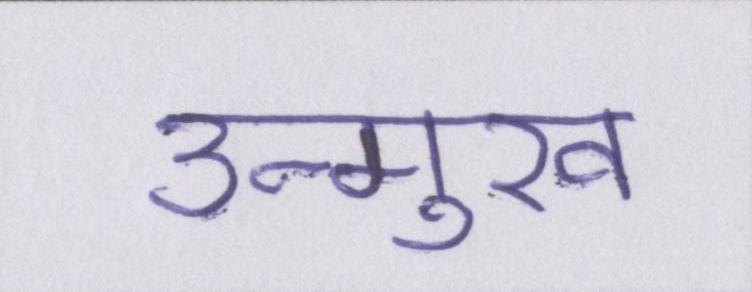
उन्मुख